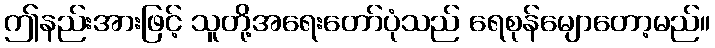
ဤနည်းအားဖြင့် သူတို့အရေးတော်ပုံသည် ရေစုန်မျောတော့မည်။